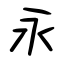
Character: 永